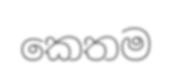
කෙතම